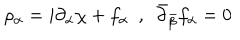
LaTeX: \rho _ { \alpha } = i \partial _ { \alpha } \chi + f _ { \alpha } \ \ , \ \ \bar { \partial } _ { \bar { \beta } } f _ { \alpha } = 0